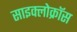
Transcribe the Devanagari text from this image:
साइक्लोक्रॉस